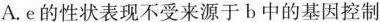
A.e的性状表现不受来源于b中的基因控制